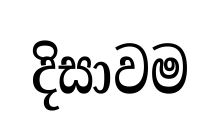
දිසාවම